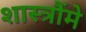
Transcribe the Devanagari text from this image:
शास्त्रौंमे